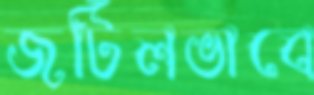
জটিলভাবে